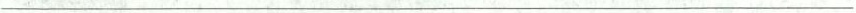
___